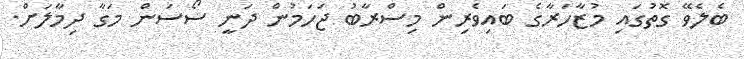
ބެލެވޭ ގޮތުގައި މުޒާހަރާގެ ބައިވެރިން މިސްރާބު ޖަހަމުން ދަނީ ސޯސަން މަގާ ދިމާލަށް.